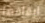
ايقافها